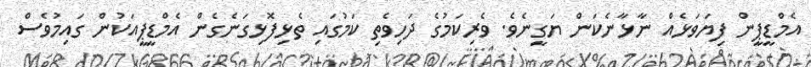
އެމްޑީޕީން ފިޔަވަޅެއް ނާޅާނެކަން ޔަގީނެވެ. ވެރިކަމުގެ ދަހިވެތި ކަމުގައި ތެޅިފޮޅިގަނެގެން އެމްޑީޕީއަކުން ގައިމުވެސް